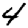
Digit: 4